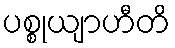
ပစ္စုယျာဟီတိ